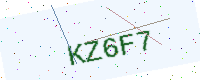
Text: KZ6F7